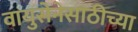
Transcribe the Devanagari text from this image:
वायुसेनेसाठीच्या